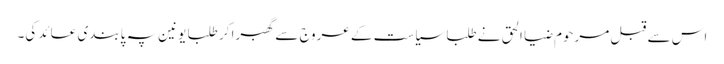
اس سے قبل مرحوم ضیا الحق نے طلبا سیاست کے عروج سے گھبرا کر طلبا یونین پہ پابندی عائد کی۔